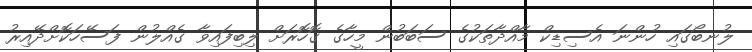
ލުނބޯގައި ހުންނަ އެސިޑިކް މާއްދާތަކުގެ ސަބަބުން މީހާގެ ގޮހޮރަށް ލިބިފައިވާ ގެއްލުން ފަސޭހަކޮށްދޭއިރު